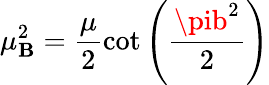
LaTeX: \mu_{\mathbf{B}}^{2}=\frac{\mu}{2}\cot\left(\frac{{\pib^{2}}}{2}\right)